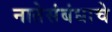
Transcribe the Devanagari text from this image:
नातेसंबंधाचे